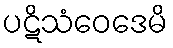
ပဋိသံဝေဒေမိ